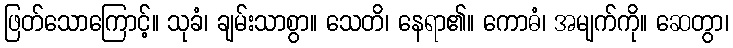
ဖြတ်သောကြောင့်။ သုခံ၊ ချမ်းသာစွာ။ သေတိ၊ နေရာ၏။ ကောဓံ၊ အမျက်ကို။ ဆေတွာ၊